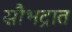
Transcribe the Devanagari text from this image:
सौभद्रात